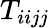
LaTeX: T_{iijj}